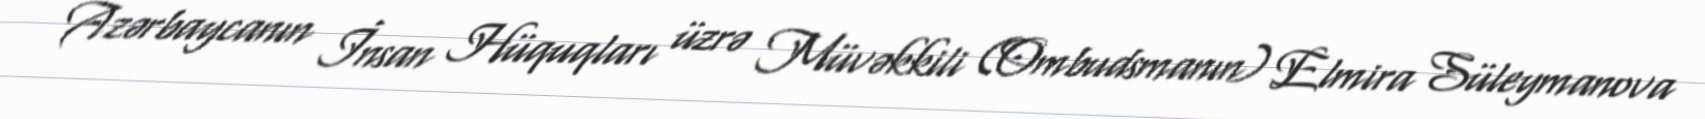
Azərbaycanın İnsan Hüquqları üzrə Müvəkkili (Ombudsmanın) Elmira Süleymanova